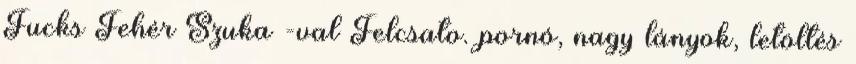
Fucks Fehér Szuka -val Felcsato. pornó, nagy lányok, letöltés